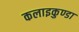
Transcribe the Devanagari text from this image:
कलाइकुण्डा